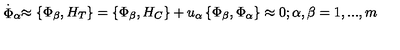
\stackrel { . } { \Phi } _ { \alpha } \approx \left\{ \Phi _ { \beta } , H _ { T } \right\} = \left\{ \Phi _ { \beta } , H _ { C } \right\} + u _ { \alpha } \left\{ \Phi _ { \beta } , \Phi _ { \alpha } \right\} \approx 0 ; \alpha , \beta = 1 , . . . , m